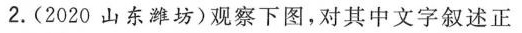
2.(2020山东潍坊)观察下图，对其中文字叙述正